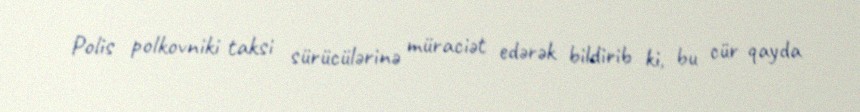
Polis polkovniki taksi sürücülərinə müraciət edərək bildirib ki, bu cür qayda